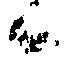
候